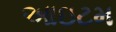
આઇટમ